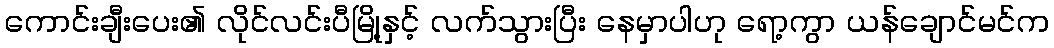
ကောင်းချီးပေး၏ လိုင်လင်းပီမြို့နှင့် လက်သွားပြီး နေမှာပါဟု ရော့ကွာ ယန်ချောင်မင်က